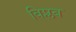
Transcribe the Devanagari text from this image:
विप्लब